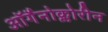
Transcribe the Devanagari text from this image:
ऑर्गैनोक्लोरीन